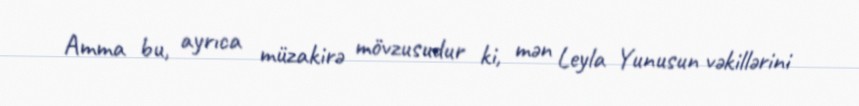
Amma bu, ayrıca müzakirə mövzusudur ki, mən Leyla Yunusun vəkillərini